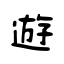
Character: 遊